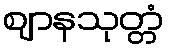
ဈာနသုတ္တံ